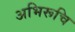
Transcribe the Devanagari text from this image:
अभिरूचि